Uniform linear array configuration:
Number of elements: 12
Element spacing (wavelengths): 1
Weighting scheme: exponential
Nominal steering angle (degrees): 15
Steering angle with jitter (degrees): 13.952
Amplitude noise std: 0.05
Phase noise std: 0.05

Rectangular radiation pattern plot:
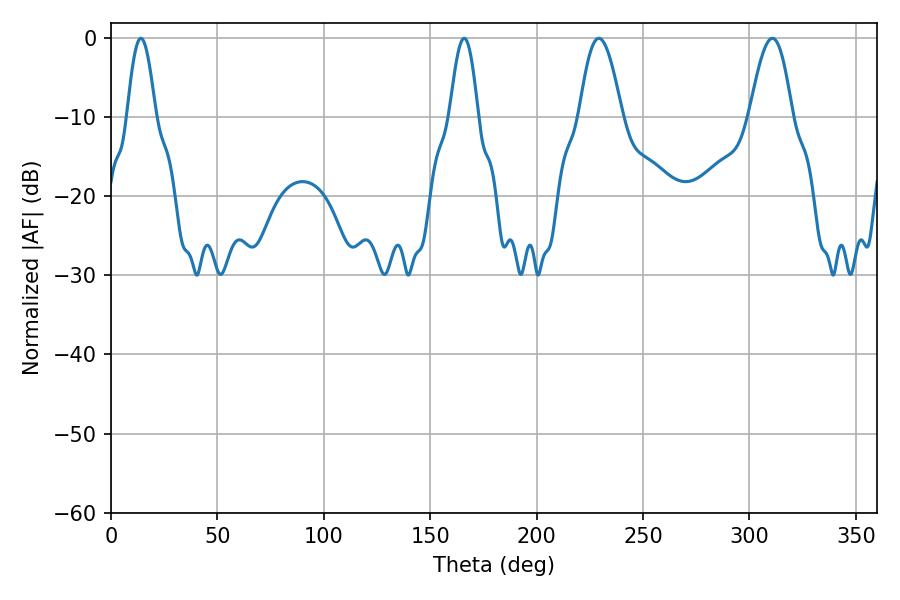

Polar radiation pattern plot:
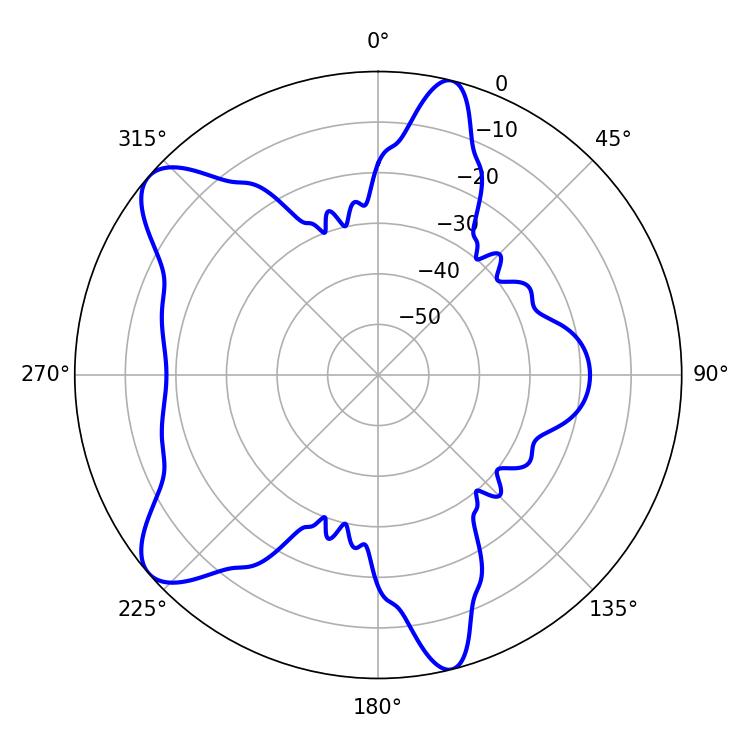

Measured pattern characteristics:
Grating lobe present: TRUE
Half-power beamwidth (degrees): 7.2
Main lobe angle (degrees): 14.04